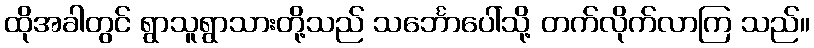
ထိုအခါတွင် ရွာသူရွာသားတို့သည် သင်္ဘောပေါ်သို့ တက်လိုက်လာကြ သည်။